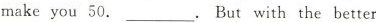
make you 50.___. But with the better